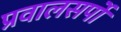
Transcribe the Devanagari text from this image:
प्रवालसर्पों